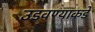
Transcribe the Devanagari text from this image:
उडवण्याकडे